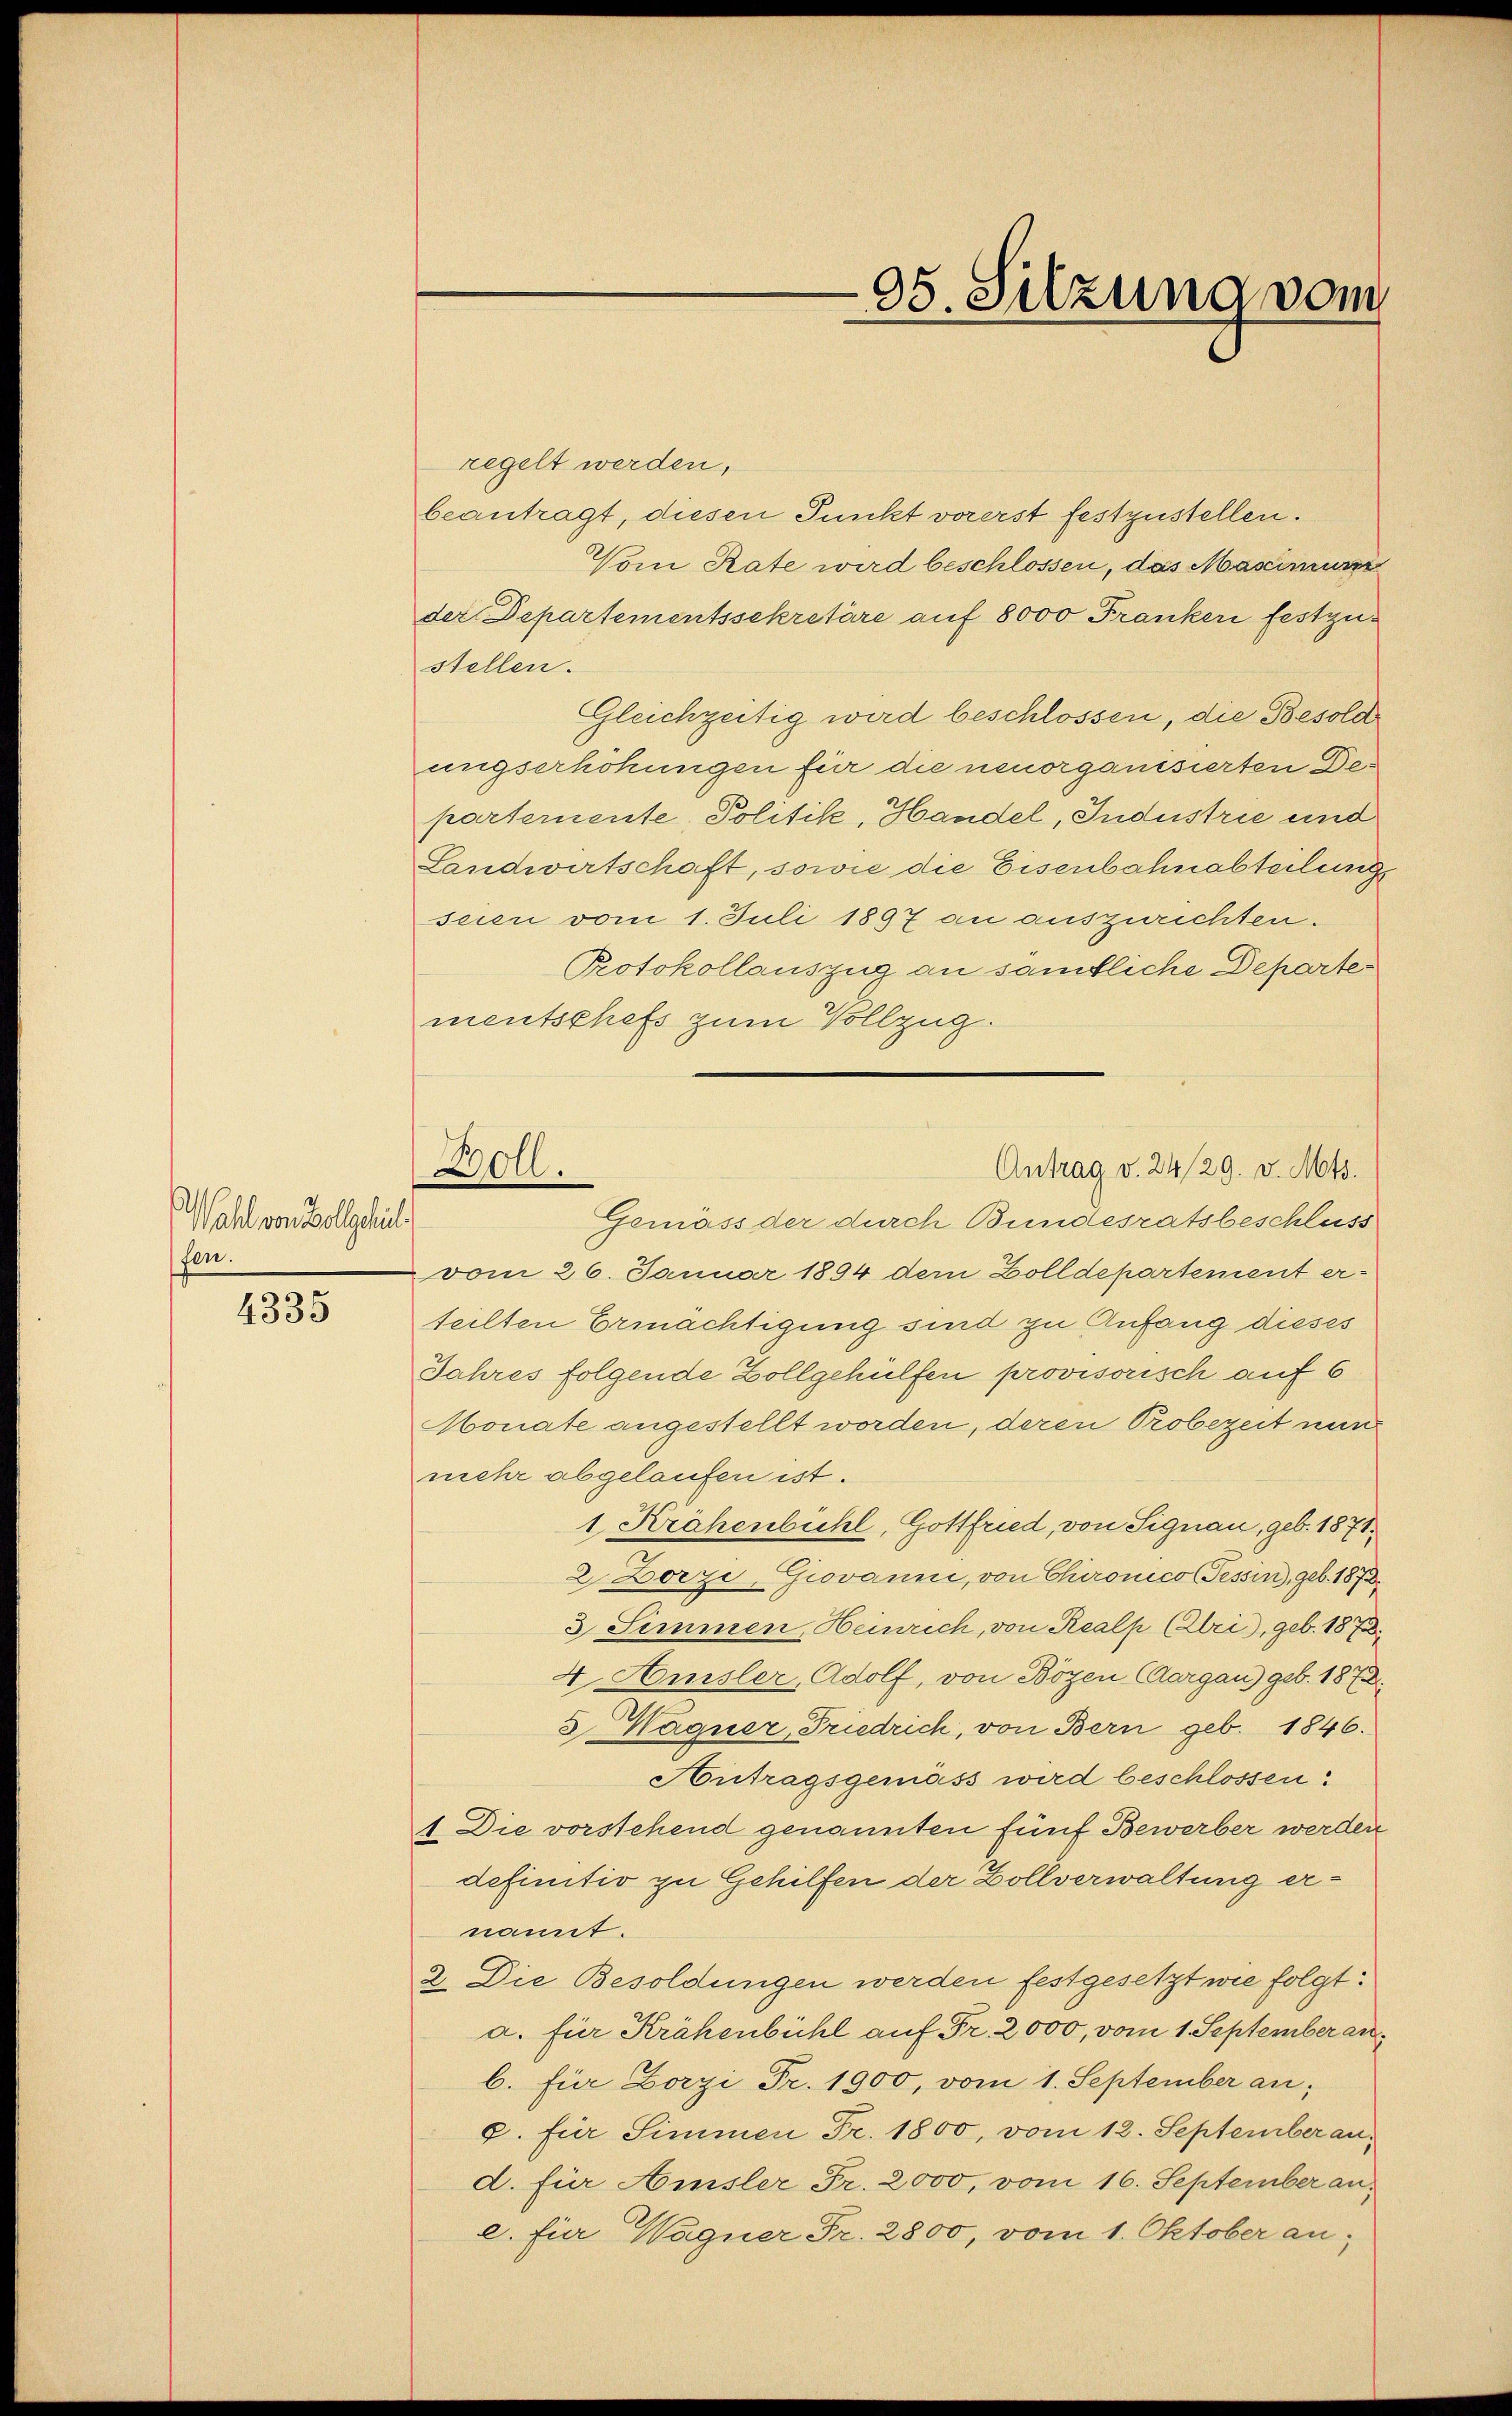
Wahl von Vollschich
fen.

4335

Boll.

regelt werden,
beantragt, diesen Punkt vorerst festzustellen.
Vom Rate wird beschlossen, das Mascimum
der Departementssekretäre auf 8000 Franker festzustellen.
Gleichzeitig wird beschlossen, die Besold
ungserhöhungen für die neuorganisierten Departemente, Politik, Handel, Industrie und
Landwirtschaft, sowie die Eisenbahnabteilung
seien vom 1. Juli 1897 an auszurichten.
Protokollauszug an sämtliche Departe
mentschefs zum Vollzug.
Gemäss der durch Bundesratsbeschluss
vom 26. Januar 1894 dem Zolldepartement er-
teilten Ermächtigung sind zu Anfang dieses
Jahres folgende Zollgehülfen provisorisch auf 6
Monate angestellt worden, deren Probezeit nun
mehr abgelaufen ist.
1 Krähenbühl, Gottfried, von Signau, geb. 1871.
2. Dorzi, Giovanni, von Chironico Tessin, geb. 1873
3 Simmen, Heinrich, von Realp (bri), geb. 1873.
4. Amsler, Adolf, von Bozen (Aargau) geb. 1873.
3 Wagner, Friedrich, von Bern geb. 1846.
Autragsgemäss wird beschlossen:
1. Die vorstehend genannten fünf Bewerber werden
definitiv zu Gehilfen der Zollverwaltung ernannt.
2. Die Besoldungen werden festgesetzt wie folgt:
a. für Krähenbühl auf Fr. 2000, vom 1. September an
b. für Zorzi Fr. 1900, vom 1. September an:
8. für Simmen Fr. 1800, vom 12. September and. für Amsler Fr. 2000, vom 16. September an.
e. für Wagner Fr. 2800, vom 1. Oktober an:

95. Sitzung vom

Antrag v. 2429. v. Mts.